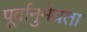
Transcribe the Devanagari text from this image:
पूर्वानुमेयता